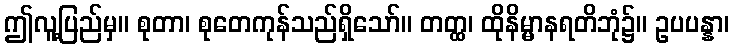
ဤလူ့ပြည်မှ။ စုတာ၊ စုတေကုန်သည်ရှိသော်။ တတ္ထ၊ ထိုနိမ္မာနရတိဘုံ၌။ ဥပပန္နာ၊